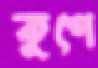
কুপে